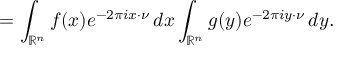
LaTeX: = \int _ { \mathbb { R } ^ { n } } f ( x ) e ^ { - 2 \pi i x \cdot \nu } \, d x \int _ { \mathbb { R } ^ { n } } g ( y ) e ^ { - 2 \pi i y \cdot \nu } \, d y .